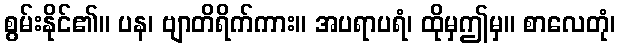
စွမ်းနိုင်၏။ ပန၊ ဗျာတိရိက်ကား။ အပရာပရံ၊ ထိုမှဤမှ။ စာလေတုံ၊